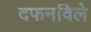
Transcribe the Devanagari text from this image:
दफनविले